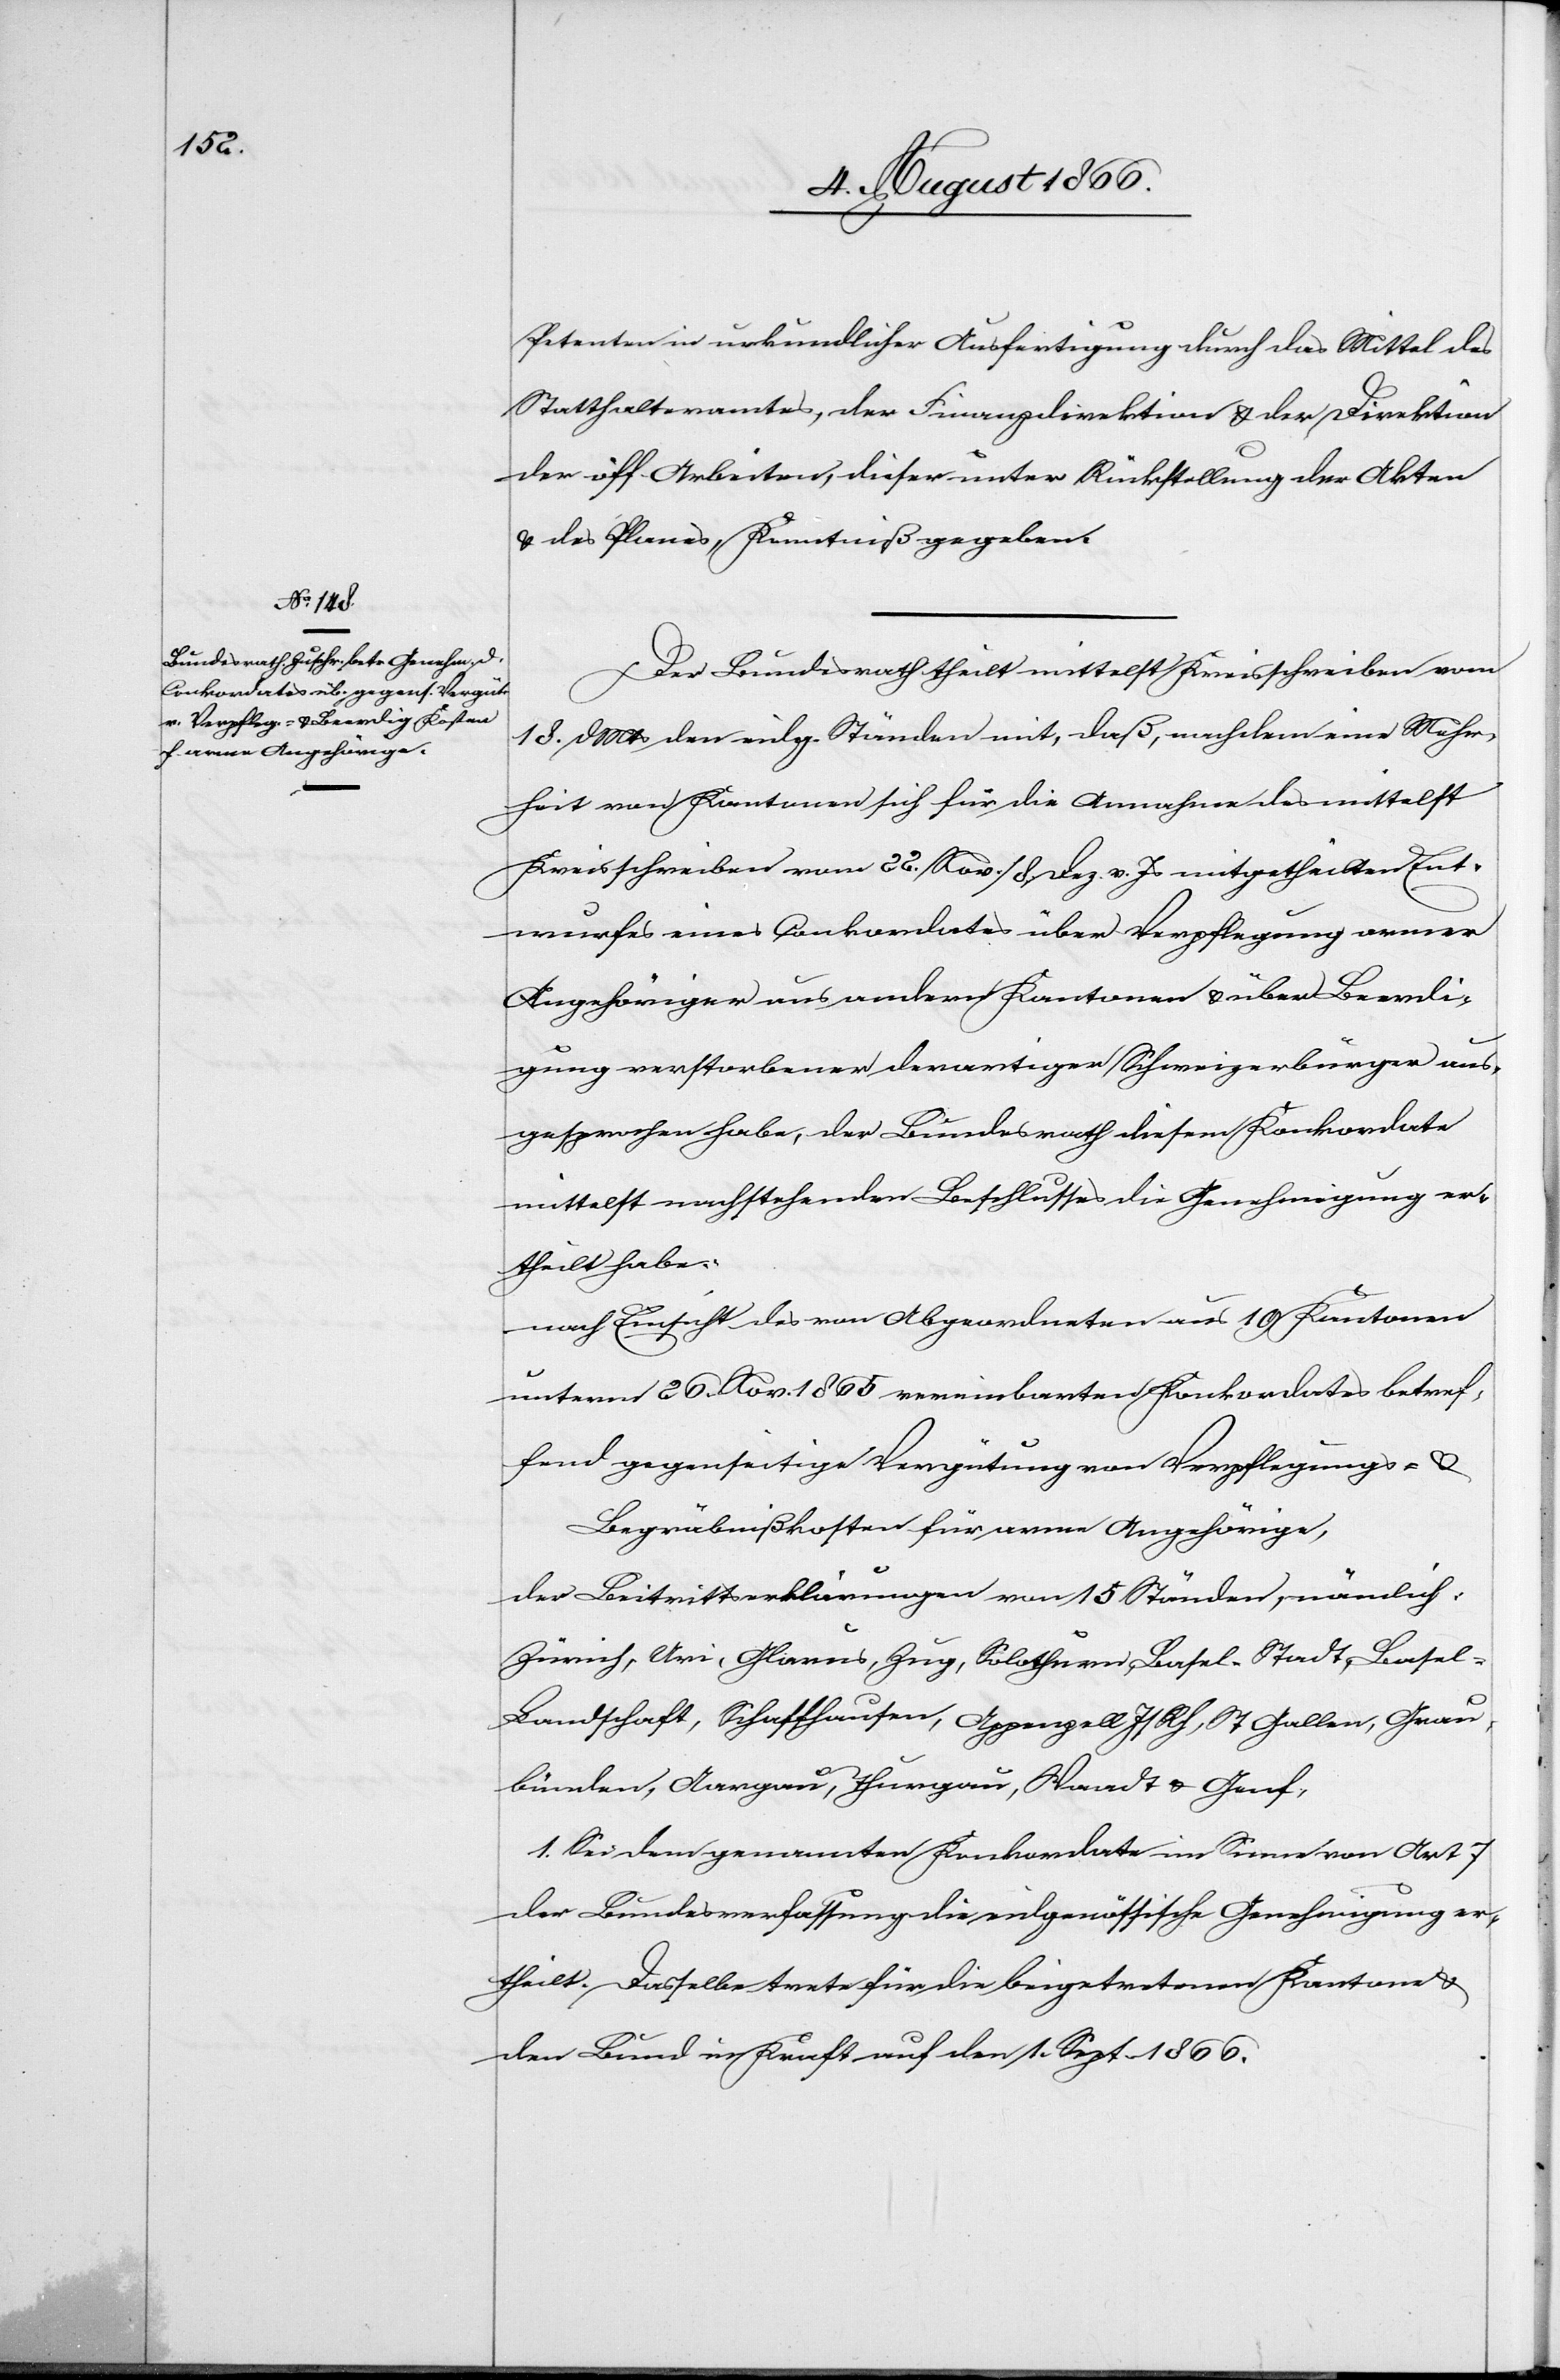
Petenten in urkundlicher Ausfertigung durch das Mittel des
Statthalteramtes, der Finanzdirektion u. der Direktion
der öff. Arbeiten, dieser unter Rückstellung der Akten
u. des Planes, Kenntniß gegeben.
Der Bundesrath theilt mittelst Kreisschreiben vom
18. dMts den eidg. Ständen mit, daß, nachdem eine Mehr¬
heit von Kantonen sich für die Annahme des mittelst
Kreisschreiben vom 22. Nov. / 8. Dez. v. Js. mitgetheilten Ent¬
wurfes eines Konkordates über Verpflegung armer
Angehöriger aus andern Kantonen u. über Beerdi¬
gung verstorbener derartiger Schweizerbürger aus¬
gesprochen habe, der Bundesrath diesem Konkordate
mittelst nachstehenden Beschlusses die Genehmigung er¬
theilt habe:
nach Einsicht des von Abgeordneten aus 10 Kantonen
unterm 26. Nov. 1865 vereinbarten Konkordates betref¬
fend gegenseitige Vergütung von Verpflegungs- u.
Begräbnißkosten für arme Angehörige,
der Beitrittserklärung von 15 Ständen, nämlich:
Zürich, Uri, Glarus, Zug, Solothurn, Basel-Stadt, Basel-L¬
andschaft, Schaffhausen, Appenzell I / Rh, St. Gallen, Grau¬
bünden, Aargau, Thurgau, Waadt u. Genf,
1. Sei dem genannten Konkordate im Sinne von Art. 7
der Bundesverfassung die eidgenössische Genehmigung er¬
theilt. Dasselbe trete für die beigetretenen Kantone u.
den Bund in Kraft auf den 1. Sept. 1866.